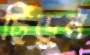
ছিঁড়ুন